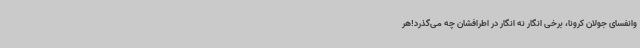
وانفسای جولان کرونا، برخی انگار نه انگار در اطرافشان چه می‌گذرد!هر